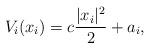
LaTeX: \begin{align*}V_i(x_i) = c \frac{|x_i|^2}{2} +a_i,\end{align*}